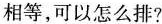
相等，可以怎么排?